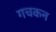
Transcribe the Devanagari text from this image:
गचकन